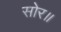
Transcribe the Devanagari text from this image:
सोर॥